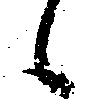
候